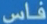
فاس